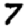
Digit: 7